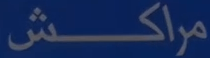
مراكش